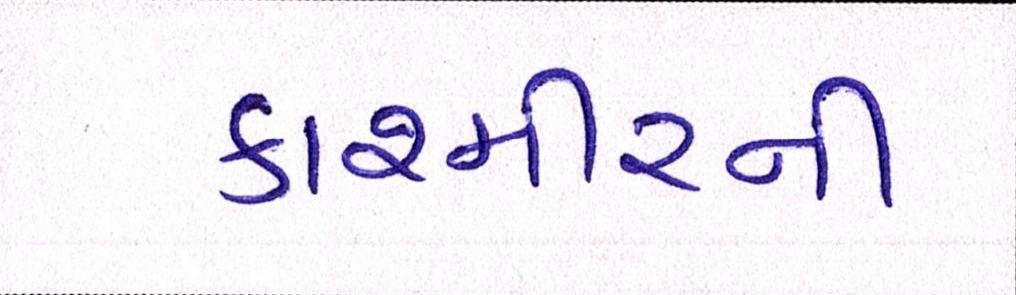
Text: કાશ્મીરની